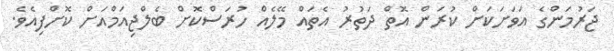
ޖަރުމަންގެ އަވަށަކަށް ކުރަން އޮތް ދަތުރު އެތައް މޭލެއް ހުރަސްކޮށް ބެލްޖިއަމްއަށް ކޮށްފިއެވެ.